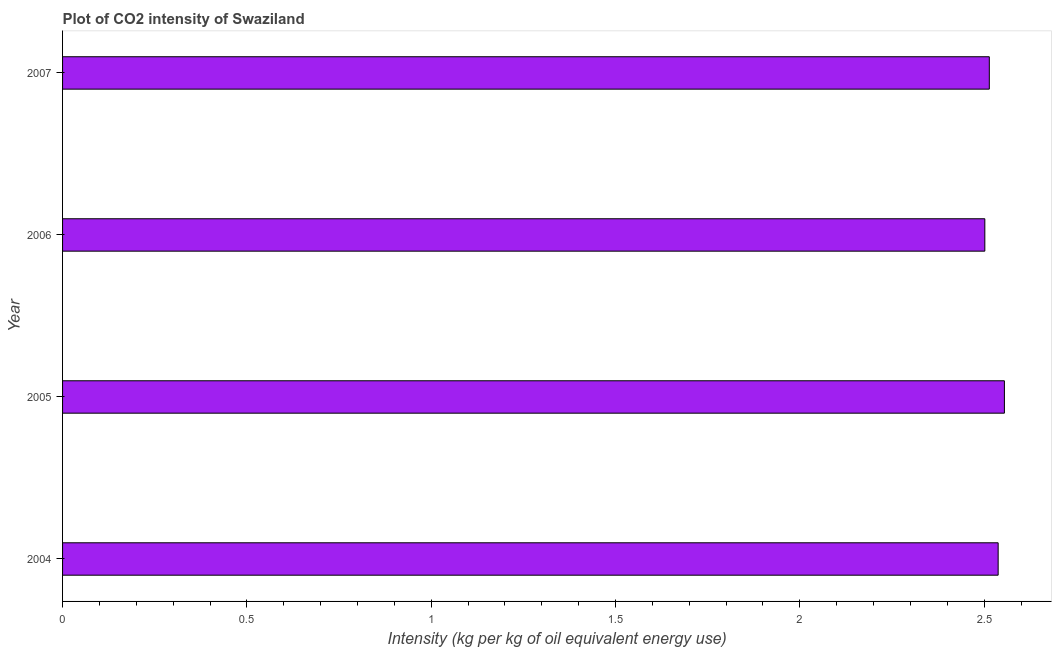
| Year | CO2 intensity |
 | --- | --- |
 | 2004 | 2.54 |
 | 2005 | 2.55 |
 | 2006 | 2.5 |
 | 2007 | 2.51 |